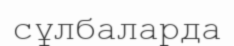
сұлбаларда